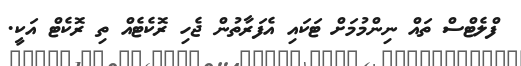
ފްލެޓްސް ތައް ނިންމުމަށް ޓަކައި އެފަރާތުން ޖެހި ރޮކެޓެއް ތި ރޮކެޓް އަކީ.